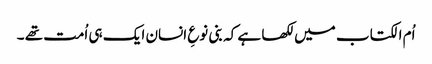
اُم الکتاب میں لکھا ہے کہ بنی نوعِ انسان ایک ہی اُمت تھے ۔